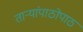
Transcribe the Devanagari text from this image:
ताऱ्यांपाठोपाठ